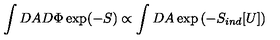
\int D A D \Phi \exp ( - S ) \propto \int D A \exp \left( - S _ { i n d } [ U ] \right)